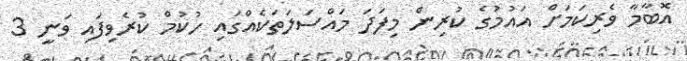
އޮބާމާ ވެރިކަމަށް އައުމުގެ ކުރިން މިފަދަ މައްސަލަތަކެއްގައި ހުކުމް ކުރެވިފައި ވަނީ 3